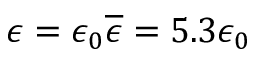
\epsilon = \epsilon _ { 0 } \overline { { \epsilon } } = 5 . 3 \epsilon _ { 0 }